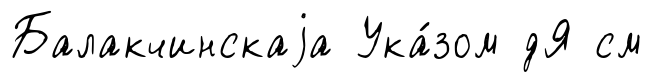
Балакчинскаjа Ука́зом дЯ см